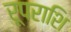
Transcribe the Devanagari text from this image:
रूपराशि